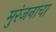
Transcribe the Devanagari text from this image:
मुरंजनाचा